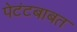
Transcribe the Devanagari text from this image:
पेटंटबाबत